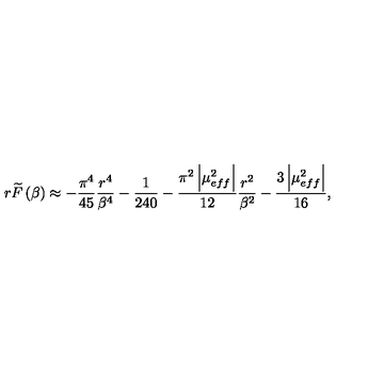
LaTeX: r \widetilde { F } \left( \beta \right) \approx - \frac { \pi ^ { 4 } } { 4 5 } \frac { r ^ { 4 } } { \beta ^ { 4 } } - \frac { 1 } { 2 4 0 } - \frac { \pi ^ { 2 } \left| \mu _ { e f f } ^ { 2 } \right| } { 1 2 } \frac { r ^ { 2 } } { \beta ^ { 2 } } - \frac { 3 \left| \mu _ { e f f } ^ { 2 } \right| } { 1 6 } ,